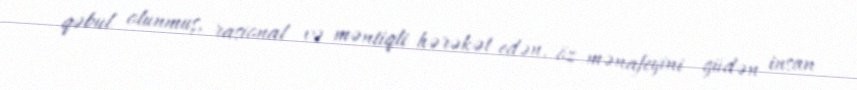
qəbul olunmuş, rasional və məntiqli hərəkət edən, öz mənafeyini güdən insan